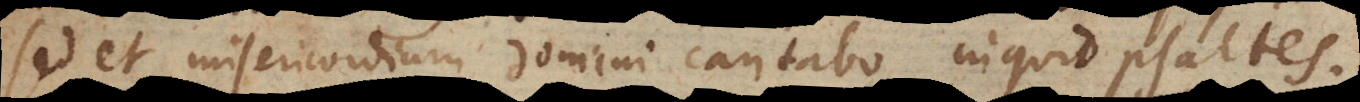
sed et misericordiam Domini cantabo inquit Psaltes.